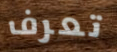
تعرف